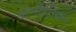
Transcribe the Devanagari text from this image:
अभौतिक।